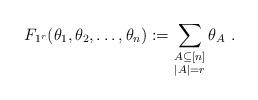
LaTeX: \begin{align*}F_{1^r}(\theta_1, \theta_2, \ldots, \theta_n) := \sum_{\substack{A \subseteq [n]\\|A|=r}} \theta_A~.\end{align*}